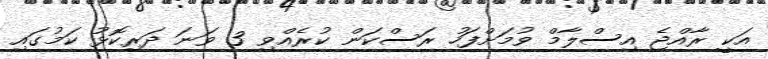
އަކީ ރާއްޖެ އިސްލާމް ވުމަށްފަހު ރަސްކަން ކުރެއްވި 3 ވަނަ ދަރިކޮޅު ކަމުގައި